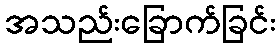
အသည်းခြောက်ခြင်း